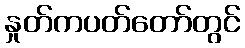
နှုတ်ကပတ်တော်တွင်